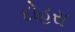
દોહરા